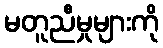
မတူညီမှုများကို